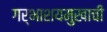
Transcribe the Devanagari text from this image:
गर्भाशयमुखाची